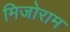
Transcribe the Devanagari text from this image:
मिजोराम